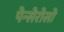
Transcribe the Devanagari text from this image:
पेन्सेरोसो